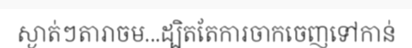
ស្ងាត់ៗតារាចម...ដ្បិតតែការចាកចេញទៅកាន់